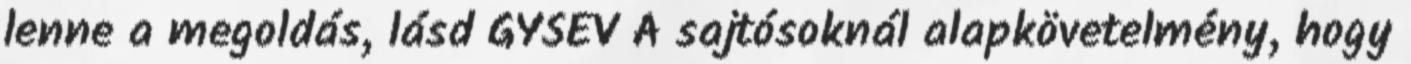
lenne a megoldás, lásd GYSEV A sajtósoknál alapkövetelmény, hogy